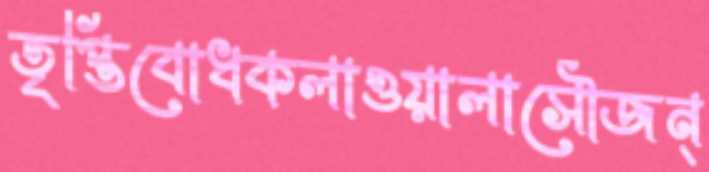
তৃপ্তিবোধকলাওয়ালাসৌজন্